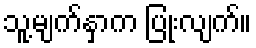
သူ့မျက်နှာက ပြုံးလျက်။